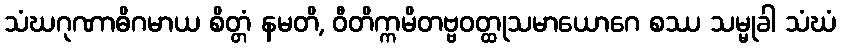
သံဃဂုဏာဓိဂမာယ စိတ္တံ နမတိ, ဝီတိက္ကမိတဗ္ဗဝတ္ထုသမာယောဂေ စဿ သမ္မုခါ သံဃံ